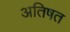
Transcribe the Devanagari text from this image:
अतिषत